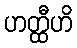
ဟတ္ထီဟိ